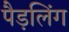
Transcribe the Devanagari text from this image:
पैड़लिंग